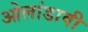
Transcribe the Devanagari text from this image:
ओलांडावी